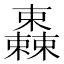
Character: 𣠆